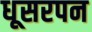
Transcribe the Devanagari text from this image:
धूसरपन